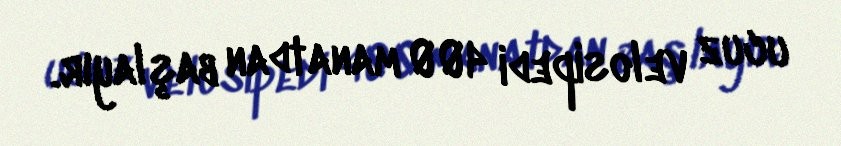
ucuz velosipedi 400 manatdan başlayır.